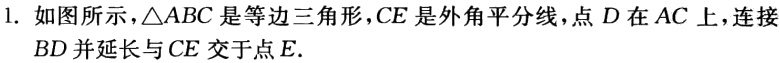
1. 如图所示，\(\triangle ABC\)是等边三角形，\(CE\)是外角平分线，点\(D\)在\(AC\)上，连接\(BD\)并延长与\(CE\)交于点\(E\).